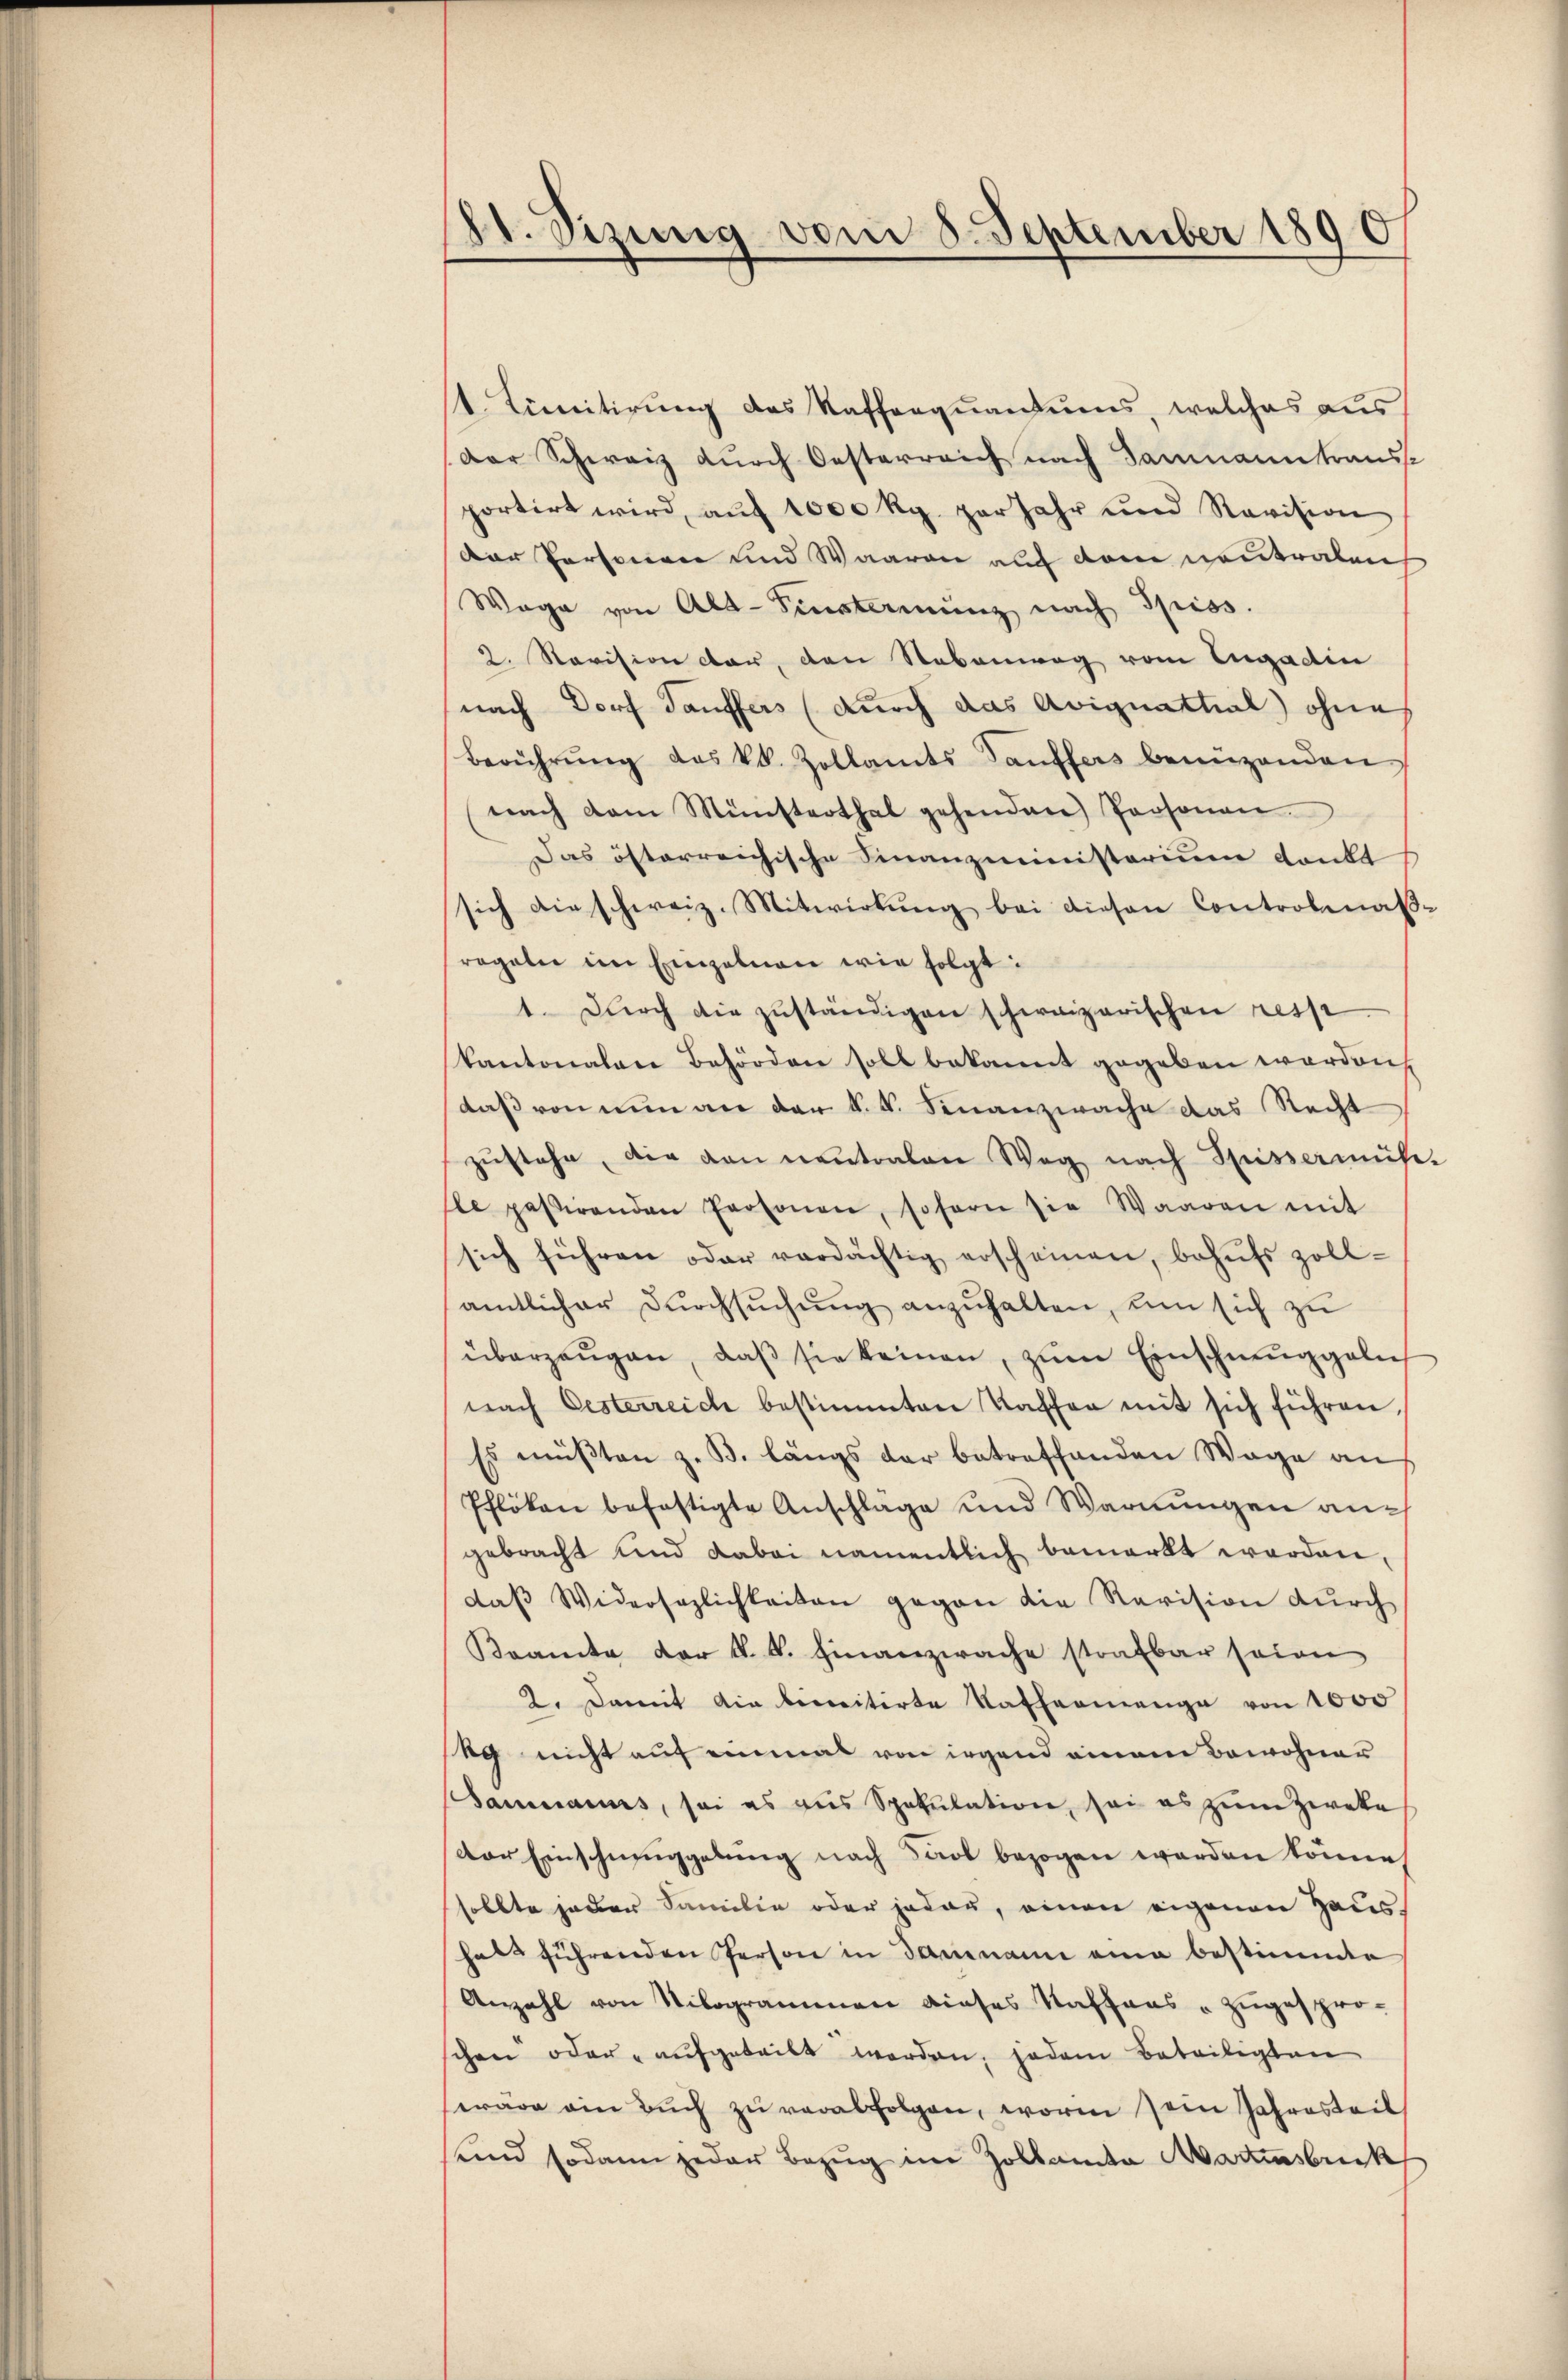
dt. Sizung vom 8. September 1890

st. Junitirung des Kafferquantums, welches aus
Der Schweiz durch Oesterreich nach Samnanntrauss
portirt wird, auf 1000 Rp. per Jahr und Revision
Der Personen und Waaren auf dem neutralen
Wage von Alt-Sinsterenŭng nach Spiss.
2. Revision dar, den Nebenweg vom Engadin
nach Dorf Täuffers (durch das Aviguattial ohne
Berührŭng des kk. Zollamts auffers benüzenden
nach dem Münsterthal gehenden Personen.
Das österreichische Finanzministerium dankt
sich die schweiz. Mitwirtŭng bei diesen Controlinas-
regel im Einzelnen wir folgt:
1 Dŭrch die zŭständigen schweizerischen resp
kantonalen Behörden soll bekannt gegeben werden
daß von nun an der k. k. Finanzwache das Recht
zŭstehe, die von neutralen Weg nach Spissermüh-
sle passirenden Personen, sofern sie Waaren mit
sich führen oder verdächtig erscheinen, behŭfs zoll-
sämtlicher Durchsuchung anzuhalten, um sich zu
überzeŭgen, daβ sie keinen, zŭm Einschmuggeln
nach Oesterreich bestimmten Kaffen mit sich führen,
Es müssten z. B. längs der betreffenden Wage an
Pflöken befestigte Anschläge und Warnungen auch
gebracht und dabei namentlich bemerkt worden,
daβ Widersezlichkeiten gegen die Revision dŭrch
Beamte der k. k. Finanzwache strafbar seien
2. Damit die bereitirte Kaffermenge von 1000
eg nicht auf einmal von irgend einem Bewohner
Sammanns, sei es aus Spekulation, sei es zŭm Zweke
der Einschmuggelung nach Saal bezogen worden könne,
sollte jeder Familie oder jeder, einen eigenen Haus,
hals führenden Person in danname eine bestimmte
Anzahl von Nilogrammen dieses Kaffens zugespro-
schen oder aufgeteilt werden, jedem Beteilegten
wäre ein Bŭch zŭ verabfolgen, worin sein Jahresteil
und sodann jeder Bezug in Zollamte Martensbruck